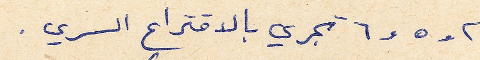
٢ و ٥ و ٦ تجري بالاقتراع السري.